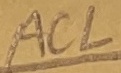
Text: ACL